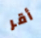
أقر